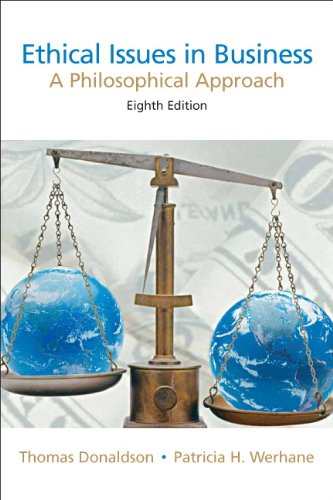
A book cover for Ethical Issues in Business: A Philosophical Approach (8th Edition); Thomas Donaldson; Business & Money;